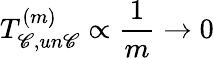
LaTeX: T_{\mathscr{C},un\mathscr{C}}^{(m)}\propto\frac{{1}}{{m}}\rightarrow0